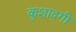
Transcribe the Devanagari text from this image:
कुशादगी